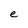
Character: e